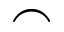
\frown